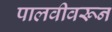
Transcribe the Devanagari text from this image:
पालवीवरून